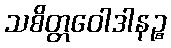
သစိတ္တဝေါဒါနဉ္စ